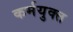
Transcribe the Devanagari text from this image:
कर्मयुक्त